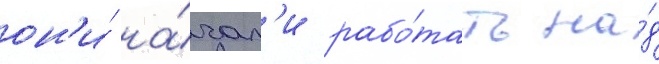
он'и́ на́чал'и рабо́тать на́д